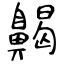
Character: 齃